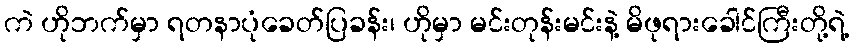
ကဲ ဟိုဘက်မှာ ရတနာပုံခေတ်ပြခန်း၊ ဟိုမှာ မင်းတုန်းမင်းနဲ့ မိဖုရားခေါင်ကြီးတို့ရဲ့